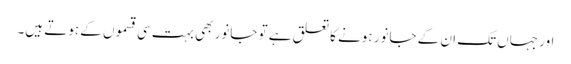
اور جہاں تک ان کے جانور ہونے کا تعلق ہے تو جانور بھی بہت سی قسموں کے ہوتے ہیں۔